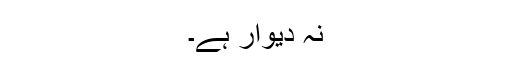
نہ دیوار ہے۔